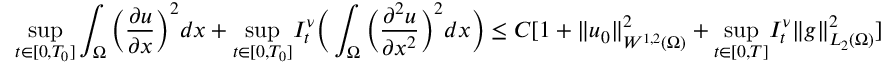
\underset { t \in [ 0 , T _ { 0 } ] } { \operatorname* { s u p } } \int _ { \Omega } \bigg ( \frac { \partial u } { \partial x } \bigg ) ^ { 2 } d x + \underset { t \in [ 0 , T _ { 0 } ] } { \operatorname* { s u p } } I _ { t } ^ { \nu } \bigg ( \int _ { \Omega } \bigg ( \frac { \partial ^ { 2 } u } { \partial x ^ { 2 } } \bigg ) ^ { 2 } d x \bigg ) \leq C [ 1 + \| u _ { 0 } \| _ { W ^ { 1 , 2 } ( \Omega ) } ^ { 2 } + \underset { t \in [ 0 , T ] } { \operatorname* { s u p } } I _ { t } ^ { \nu } \| g \| _ { L _ { 2 } ( \Omega ) } ^ { 2 } ]